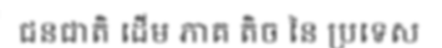
ជនជាតិ ដើម ភាគ តិច នៃ ប្រទេស